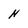
Character: N